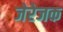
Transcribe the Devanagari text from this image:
जेरेजक